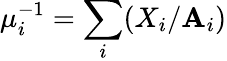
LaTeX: \mu_{i}^{-1}=\sum_{i}(X_{i}/\mathbf{A}_{i})